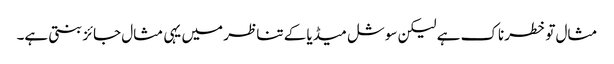
مثال تو خطرناک ہے لیکن سوشل میڈیا کے تناظر میں یہی مثال جائز بنتی ہے۔